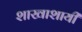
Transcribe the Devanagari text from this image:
शाखाशायी